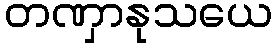
တဏှာနုသယေ